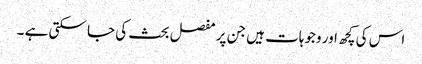
اس کی کچھ اور وجوہات ہیں جن پر مفصل بحث کی جا سکتی ہے ۔